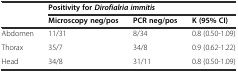
<table><thead><tr><td></td><td colspan="3"><b>Positivity for<i>Dirofialria immitis</i></b></td></tr><tr><td></td><td><b>Microscopy neg/pos</b></td><td><b>PCR neg/pos</b></td><td><b>K (95% CI)</b></td></tr></thead><tbody><tr><td>Abdomen</td><td>11/31</td><td>8/34</td><td>0.8 (0.50-1.09)</td></tr><tr><td>Thorax</td><td>35/7</td><td>34/8</td><td>0.9 (0.62-1.22)</td></tr><tr><td>Head</td><td>34/8</td><td>31/11</td><td>0.8 (0.50-1.09)</td></tr></tbody></table>